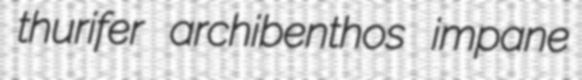
thurifer archibenthos impane